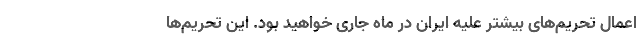
اعمال تحریم‌های بیشتر علیه ایران در ماه جاری خواهید بود. این تحریم‌ها